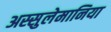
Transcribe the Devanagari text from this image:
अस्सुलेमानिया